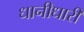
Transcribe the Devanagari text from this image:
धानीधारी